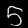
Digit: 5